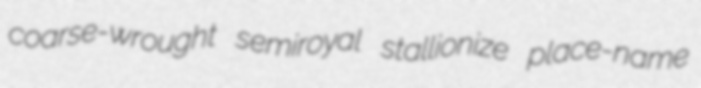
coarse-wrought semiroyal stallionize place-name